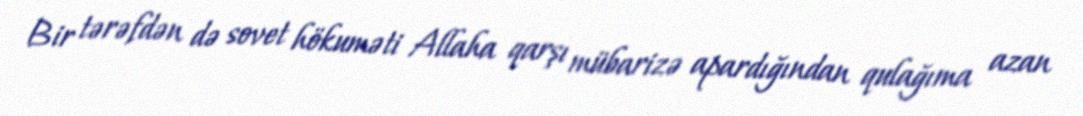
Bir tərəfdən də sovet hökuməti Allaha qarşı mübarizə apardığından qulağıma azan